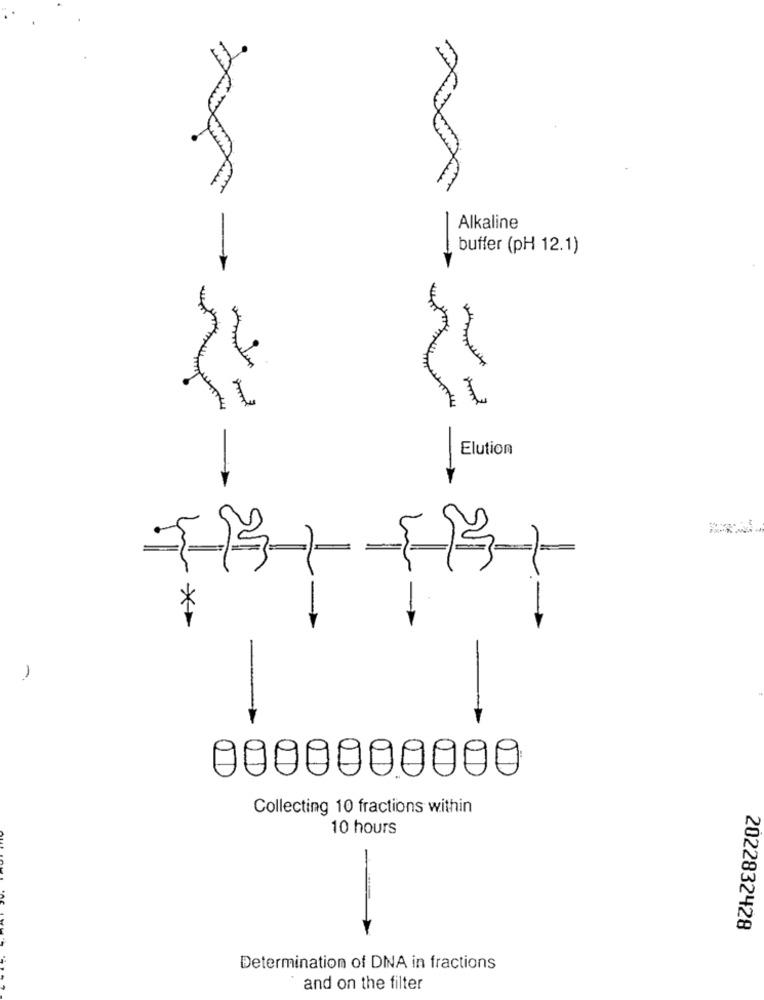
Alkaline
buffer (pH 12.1)
-
Elution
-
0000000000
Collecting 10 fractions within
10 hours
CAC
2022832428
Determination of DNA in fractions
and on the filter